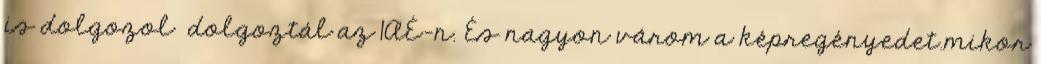
is dolgozol dolgoztál az 1AÉ-n. És nagyon várom a képregényedet.mikor